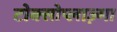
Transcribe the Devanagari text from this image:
टोक्सोप्लाज़्मा